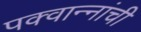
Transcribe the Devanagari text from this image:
पक्वान्‍नांची